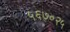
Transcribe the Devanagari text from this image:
५६७०२५